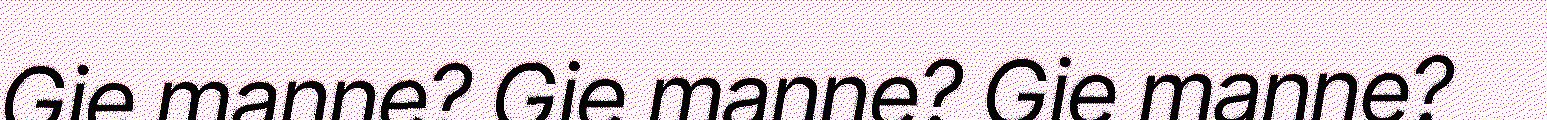
Gie manne? Gie manne? Gie manne?